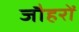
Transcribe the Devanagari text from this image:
जौहरों